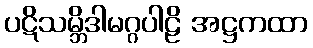
ပဋိသမ္ဘိဒါမဂ္ဂပါဠိ အဋ္ဌကထာ